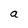
Character: a